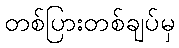
တစ်ပြားတစ်ချပ်မှ